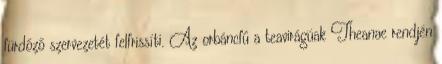
fürdőző szervezetét felfrissíti. Az orbáncfű a teavirágúak Theanae rendjén